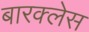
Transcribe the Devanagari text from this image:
बारक्लेस